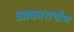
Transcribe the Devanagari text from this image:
आकाराचीच